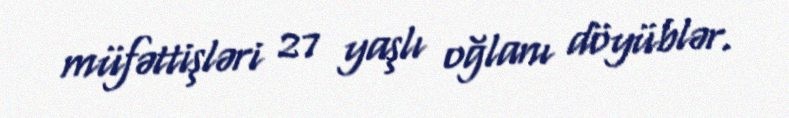
müfəttişləri 27 yaşlı oğlanı döyüblər.